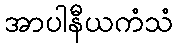
အာပါနီယကံသံ